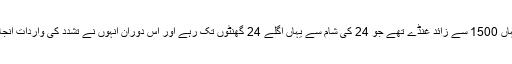
تاہم یہاں 1500 سے زائد غنڈے تھے جو 24 کی شام سے یہاں اگلے 24 گھنٹوں تک رہے اور اس دوران انہوں نے تشدد کی واردات انجام دی۔